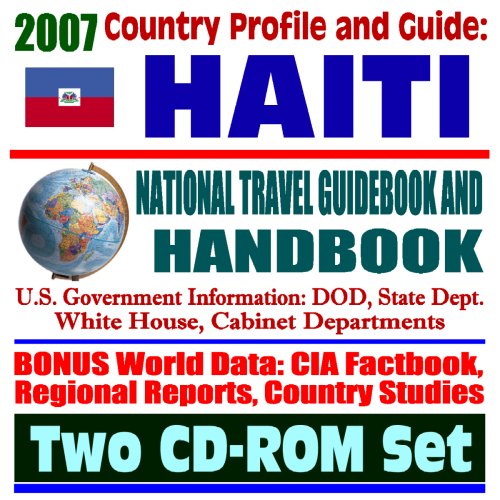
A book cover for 2007 Country Profile and Guide to Haiti - National Travel Guidebook and Handbook - American Military Operations, 1994 Uphold Democracy, Clinton, USAID (Two CD-ROM Set); U.S. Government; Travel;